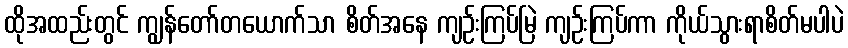
ထိုအထည်းတွင် ကျွန်တော်တယောက်သာ စိတ်အနေ ကျဉ်းကြပ်မြဲ ကျဉ်းကြပ်ကာ ကိုယ်သွားရာစိတ်မပါပဲ